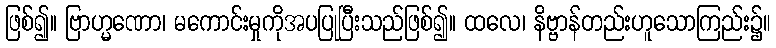
ဖြစ်၍။ ဗြာဟ္မဏော၊ မကောင်းမှုကိုအပပြုပြီးသည်ဖြစ်၍။ ထလေ၊ နိဗ္ဗာန်တည်းဟူသောကြည်း၌။